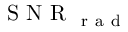
\mathrm { ~ S ~ N ~ R ~ } _ { \mathrm { ~ r ~ a ~ d ~ } }